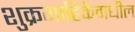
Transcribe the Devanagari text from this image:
शुक्रगाहिकेमधील